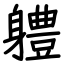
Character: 軆